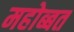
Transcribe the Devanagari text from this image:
महोब्बत